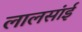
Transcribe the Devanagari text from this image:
लालसांई